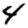
Digit: 4